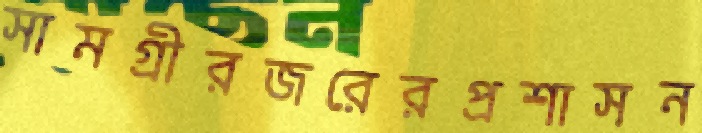
সামগ্রীরজরেরপ্রশাসন